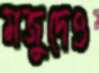
মজুদেও